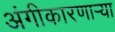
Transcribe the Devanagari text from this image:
अंगीकारणाऱ्या